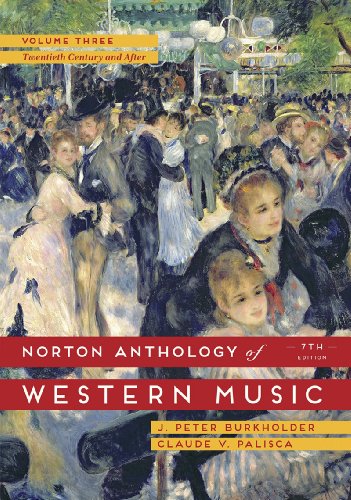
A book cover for The Norton Anthology of Western Music (Seventh Edition)  (Vol. 3); J. Peter Burkholder; Arts & Photography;